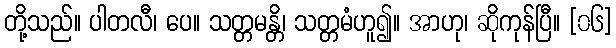
တို့သည်။ ပါတလီ၊ ပေ။ သတ္တမန္တိ၊ သတ္တမံဟူ၍။ အာဟု၊ ဆိုကုန်ပြီ။ [၀၆]